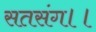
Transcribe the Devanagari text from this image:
सतसंग।।